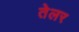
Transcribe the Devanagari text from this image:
तेलर